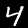
Digit: 4